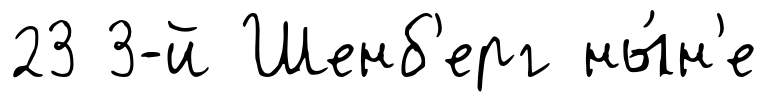
23 3-й Шенб'ерг ны́н'е